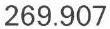
269.907